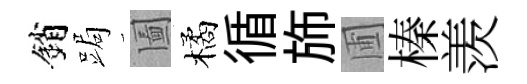
銷跼圗橘循斾圃榛羡